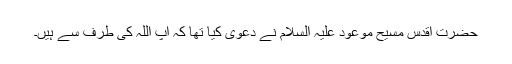
حضرت اقدس مسیح موعود علیہ السلام نے دعویٰ کیا تھا کہ آپ اللہ کی طرف سے ہیں۔